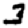
Digit: 3